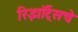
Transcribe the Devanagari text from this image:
रिझॉर्ट्‌सचे